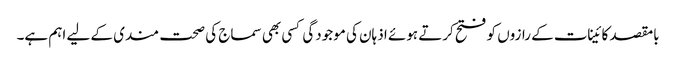
بامقصد کائینات کے رازوں کو فتح کرتے ہوئے اذہان کی موجودگی کسی بھی سماج کی صحت مندی کے لیے اہم ہے۔